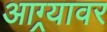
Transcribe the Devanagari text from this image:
आग्र्यावर